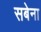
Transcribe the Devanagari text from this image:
सबेना